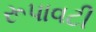
રૂપાવટી